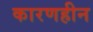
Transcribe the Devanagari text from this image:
कारणहीन